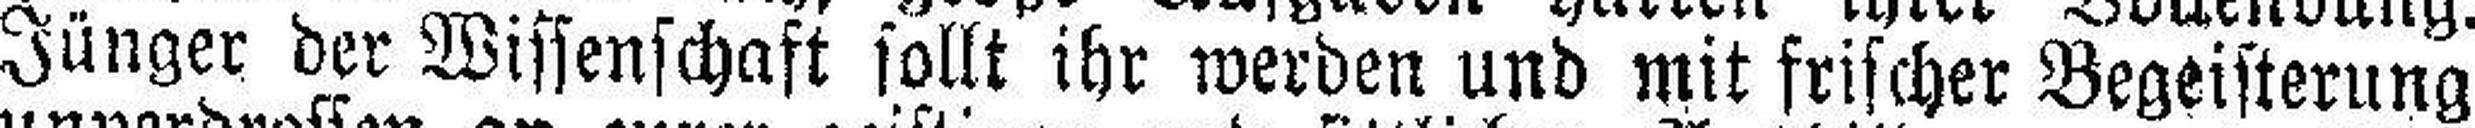
Jünger der Wissenschaft sollt ihr werden und mit frischer Begeisterung